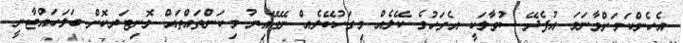
އެހެންކަމަށްވާނަމަ އުފެދޭ ސުވާލަކީ އެގަހުގެ ކޭލެއް މިގަހުކޭލެއް ނޭގޭއިރު މިކަންތައްތައް މޮނިޓަރކޮށް ބަލަހައްޓާނީ